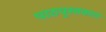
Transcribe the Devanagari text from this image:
पाठपुस्तकात